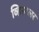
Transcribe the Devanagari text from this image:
व्हिस्टलर